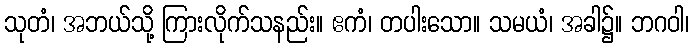
သုတံ၊ အဘယ်သို့ ကြားလိုက်သနည်း။ ဧကံ၊ တပါးသော။ သမယံ၊ အခါ၌။ ဘဂဝါ၊